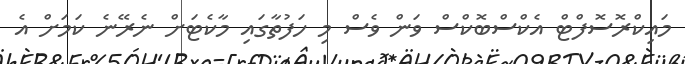
މައިކްރޮސޮފްޓް އެކްސްބޮކްސް ވަން ވެސް މި ހަފުތާގައި މާކެޓަށް ނެރޭނެ ކަމަށް އެ